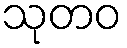
သုတဝ